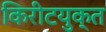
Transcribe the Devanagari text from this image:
किरीटयुक्त